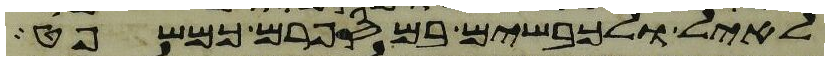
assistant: לאיל ולכבשים במספרם כמשפט